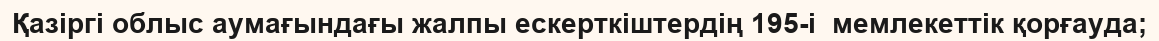
Қазіргі облыс аумағындағы жалпы ескерткіштердің 195-і  мемлекеттік қорғауда;